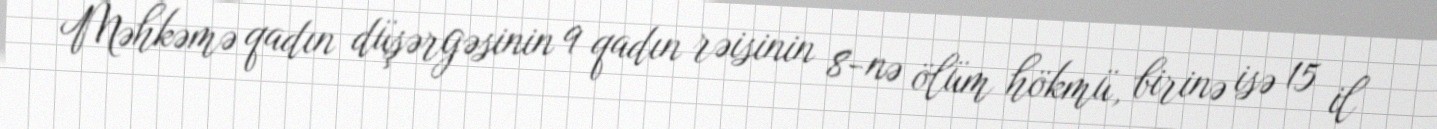
Məhkəmə qadın düşərgəsinin 9 qadın rəisinin 8-nə ölüm hökmü, birinə isə 15 il